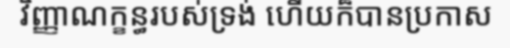
វិញ្ញាណក្ខន្ធរបស់ទ្រង់ ហើយក៏បានប្រកាស